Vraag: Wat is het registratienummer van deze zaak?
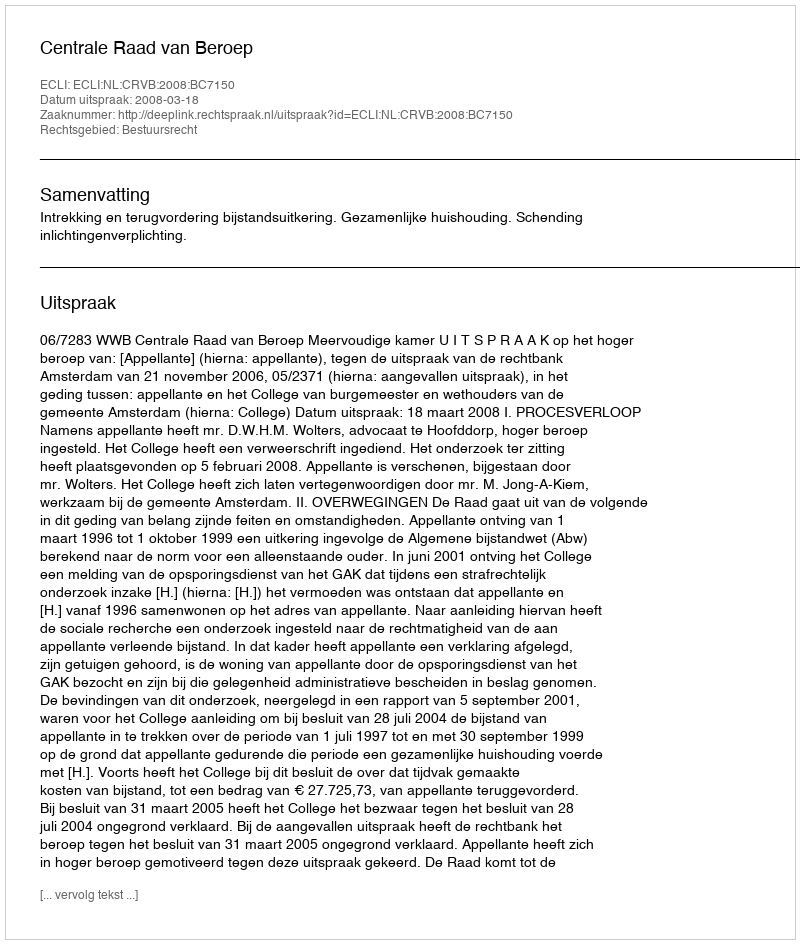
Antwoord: http://deeplink.rechtspraak.nl/uitspraak?id=ECLI:NL:CRVB:2008:BC7150